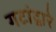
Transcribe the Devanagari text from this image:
गटांद्वारे